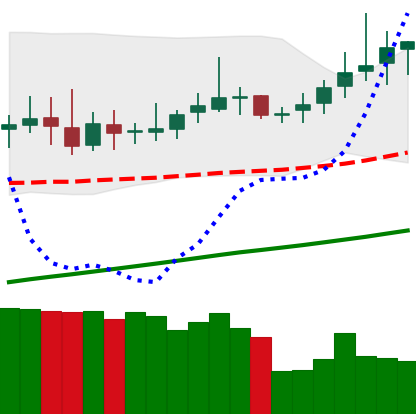
Ticker: DOGE-USD
Chart end date: 2019-06-25
Forward return: -3.951%
Label: down_3_5